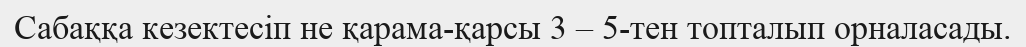
Сабаққа кезектесіп не қарама-қарсы 3 – 5-тен топталып орналасады.